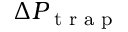
\Delta P _ { \textrm { t r a p } }